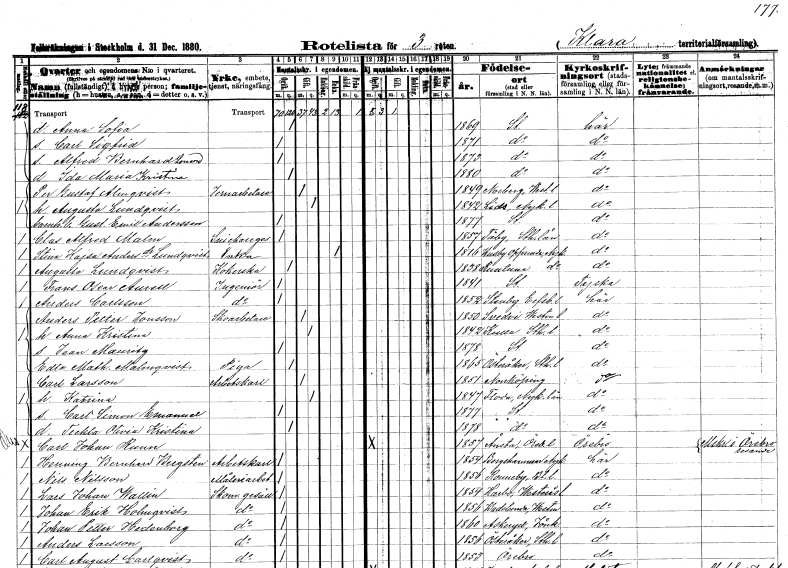
gt_parse: households: individuals: FN: Anna Sofia
KON: K
CIV: O
FODAR: 1869
FODFORS: Stockholm
FN: Carl Sigfrid
KON: M
CIV: O
FODAR: 1871
FODFORS: Stockholm
FN: Alfred Bernhard Leonard
KON: M
CIV: O
FODAR: 1873
FODFORS: Stockholm
FN: Ida Maria Kristina
KON: K
CIV: O
FODAR: 1880
FODFORS: Stockholm
FN: Per Gustaf
EN: Almqvist
YRKE: Järnarbetare
KON: M
CIV: G
FODAR: 1849
FODFORS: Norberg Västmanlands län
FN: Augusta
EN: Lundqvist
KON: K
CIV: G
FODAR: 1842
FODFORS: Lid Södermanlands län
FN: Gustaf Emil
EN: Andersson
YRKE: Barnhusbarn
KON: M
CIV: O
FODAR: 1877
FODFORS: Stockholm
FN: Clas Alfred
EN: Malm
YRKE: Snickaregesäll
KON: M
CIV: O
FODAR: 1857
FODFORS: Täby Stockholms län
FN: Stina Kajsa
EN: Andersdotter Lundqvist
YRKE: Änka
KON: K
CIV: E
FODAR: 1816
FODFORS: Husby-Oppunda Södermanlands län
FN: Augusta
EN: Lundqvist
YRKE: Kokerska
KON: K
CIV: O
FODAR: 1838
FODFORS: Runtuna Södermanlands län
FN: Frans Oscar
EN: Aurell
YRKE: Ingenjör
KON: M
CIV: O
FODAR: 1841
FODFORS: Stockholm
FN: Anders
EN: Carlsson
YRKE: Ingenjör
KON: M
CIV: O
FODAR: 1852
FODFORS: Steneby Älvsborgs län
FN: Anders Petter
EN: Jonsson
YRKE: Skoarbetare
KON: M
CIV: G
FODAR: 1850
FODFORS: Svedvi Västmanlands län
FN: Anna Kristina
KON: K
CIV: G
FODAR: 1842
FODFORS: Kulla Stockholms län
FN: Jean Mauritz
KON: M
CIV: O
FODAR: 1878
FODFORS: Stockholm
FN: Edla Mathilda
EN: Malmqvist
YRKE: Piga
KON: K
CIV: O
FODAR: 1865
FODFORS: Österåker Stockholms län
FN: Carl
EN: Larsson
YRKE: Arbetskarl
KON: M
CIV: G
FODAR: 1851
FODFORS: Norrköping Östergötlands län
FN: Katrina
KON: K
CIV: G
FODAR: 1847
FODFORS: Floda Södermanlands län
FN: Carl Simon Emanuel
KON: M
CIV: O
FODAR: 1877
FODFORS: Stockholm
FN: Teckla Olivia Kristina
KON: K
CIV: O
FODAR: 1878
FODFORS: Stockholm
FN: Carl Johan
EN: Runn
KON: M
CIV: O
FODAR: 1857
FODFORS: Ånsta Örebro län
FN: Henning Bernhard
EN: Bergsten
YRKE: Arbetskarl
KON: M
CIV: O
FODAR: 1854
FODFORS: Bergshammar Södermanlands län
FN: Nils
EN: Nilsson
YRKE: Måleriarbetare
KON: M
CIV: O
FODAR: 1856
FODFORS: Ronneby Blekinge län
FN: Lars Johan
EN: Wallin
YRKE: Skomakaregesäll
KON: M
CIV: O
FODAR: 1854
FODFORS: Harbo Västmanlands län
FN: Johan Erik
EN: Holmqvist
YRKE: Skomakaregesäll
KON: M
CIV: O
FODAR: 1856
FODFORS: Badelunda Västmanlands län
FN: Johan Petter
EN: Hedenborg
YRKE: Skomakaregesäll
KON: M
CIV: O
FODAR: 1860
FODFORS: Askeryd Jönköpings län
FN: Anders
EN: Larsson
YRKE: Skomakaregesäll
KON: M
CIV: O
FODAR: 1856
FODFORS: Österåker Stockholms län
FN: Carl August
EN: Carlqvist
YRKE: Skomakaregesäll
KON: M
CIV: O
FODAR: 1853
FODFORS: Örebro Örebro län